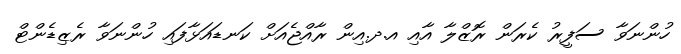
ހުންނަވާ ސަފީރު ކެރަން ރޮޒްލާ އާއި އ.ދ.އިން ރާއްޖެއަށް ކަނޑައަޅާފައި ހުންނަވާ ރެޒިޑެންޓް